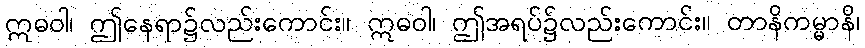
ဣဓဝါ၊ ဤနေရာ၌လည်းကောင်း။ ဣဓဝါ၊ ဤအရပ်၌လည်းကောင်း။ တာနိကမ္မာနိ၊